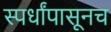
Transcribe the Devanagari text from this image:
स्पर्धांपासूनच